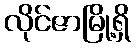
လိုင်ဇာမြို့ရှိ